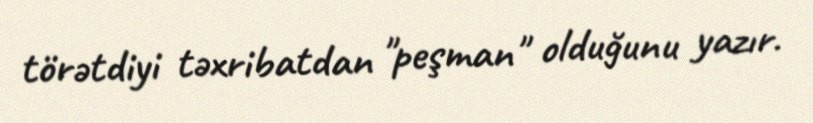
törətdiyi təxribatdan "peşman" olduğunu yazır.